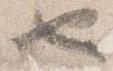
也